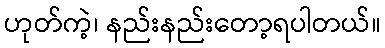
ဟုတ်ကဲ့၊ နည်းနည်းတော့ရပါတယ်။